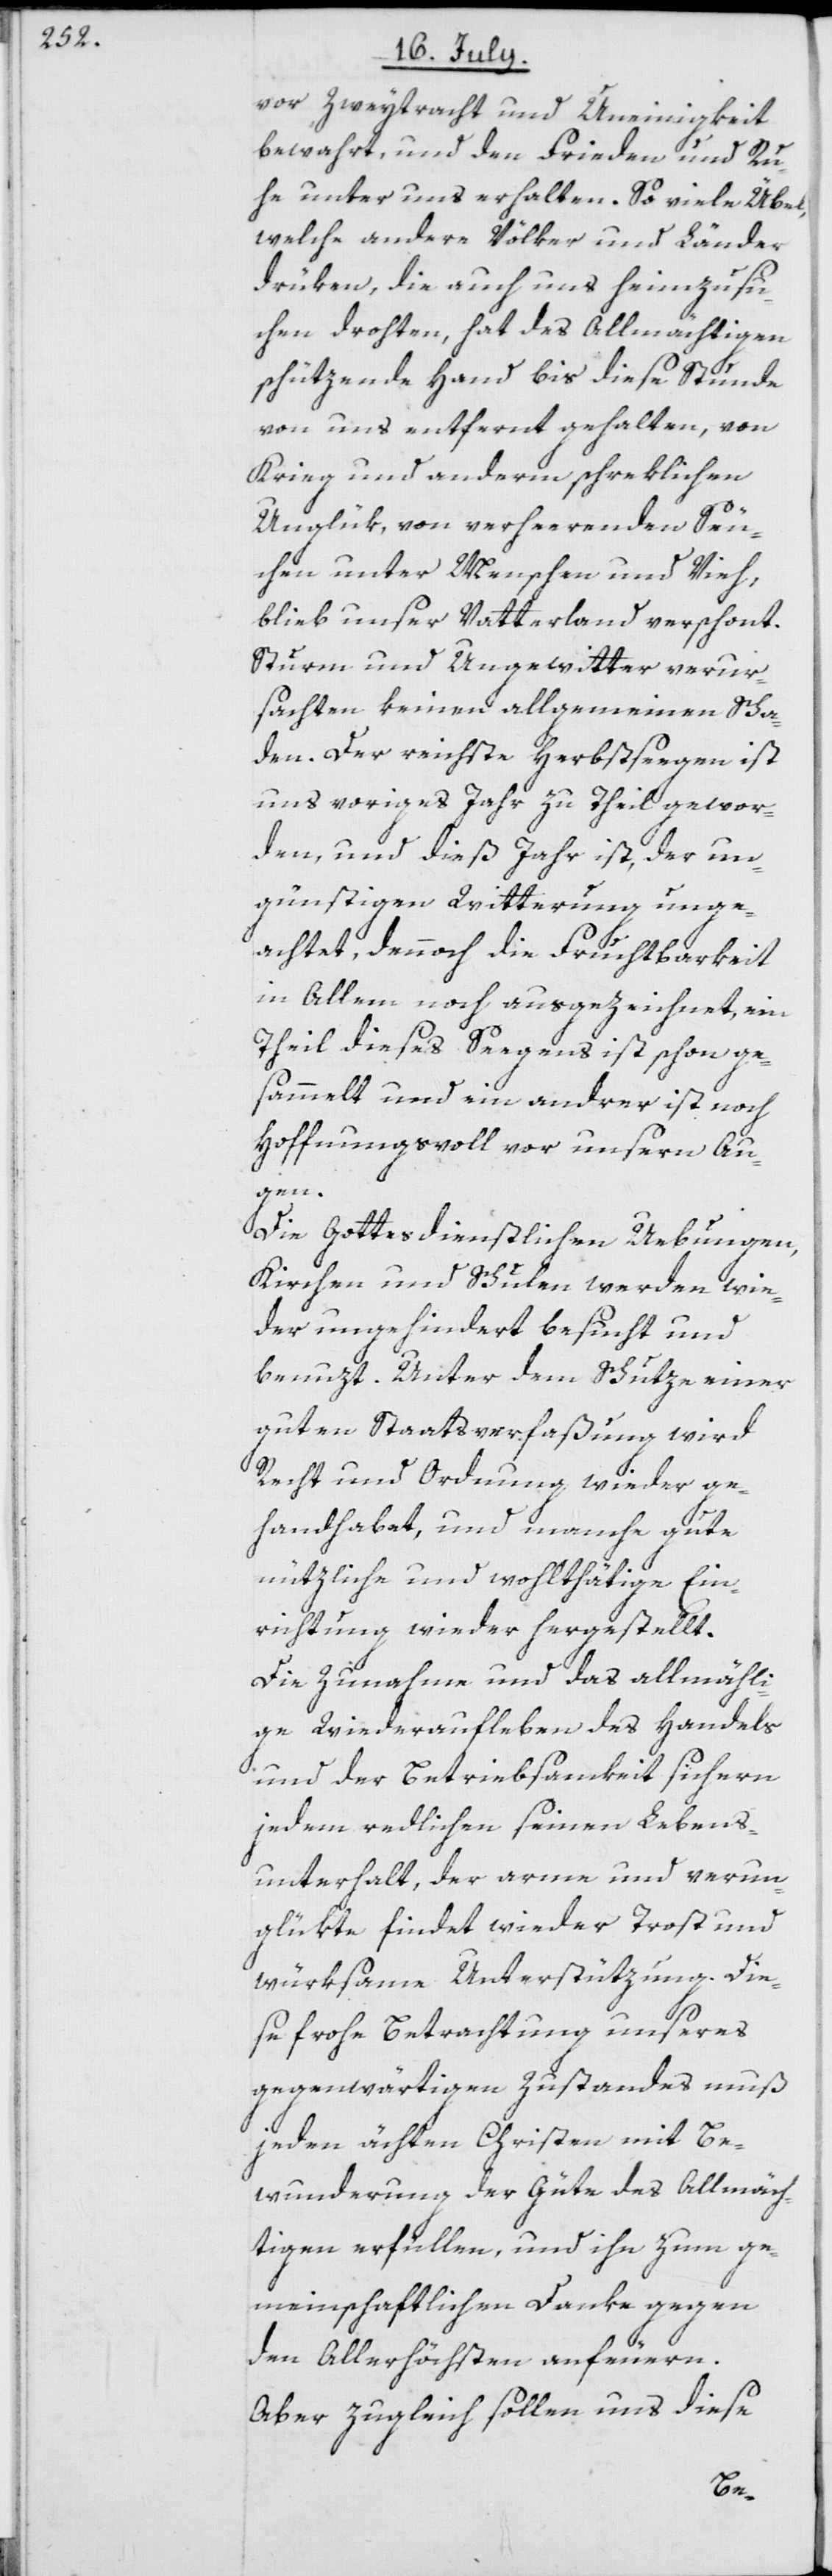
vor Zweytracht und Uneinigkeit
bewahrt, und den Frieden und Ru¬
he unter uns erhalten. So viele Übel,
welche andere Völker und Länder
drüken, die auch uns heimzusu¬
chen drohten, hat des Allmächtigen
schützende Hand bis diese Stunde
von uns entfernt gehalten, von
Krieg und anderm schreklichen
Unglük, von verheerenden Seu¬
chen unter Menschen und Vieh,
blieb unser Vatterland verschont.
Sturm und Ungewitter verur¬
sachten keinen allgemeinen Scha¬
den. Der reichste Herbstseegen ist
uns voriges Jahr zu Theil gewor¬
den, und dieß Jahr ist, der un¬
günstigen Witterung unge¬
achtet, dennoch die Fruchtbarkeit
in Allem noch ausgezeichnet, ein
Theil dieses Seegens ist schon ge¬
sammelt und ein andrer ist noch
Hoffnungsvoll vor unsern Au¬
gen.
Die Gottesdienstlichen Uebungen,
Kirchen und Schulen werden wie¬
der ungehindert besucht und
benuzt. Unter dem Schutze einer
guten Staatsverfaßung wird
Recht und Ordnung wieder ge¬
handhabet, und manche gute
nützliche und wohlthätige Ein¬
richtung wieder hergestellt.
Die Zunahme und das allmähli¬
ge Wiederaufleben des Handels
und der Betriebsamkeit sichern
jedem redlichen seinen Lebens¬
unterhalt, der arme und verun¬
glükte findet wieder Trost und
würksame Unterstützung. Die¬
se frohe Betrachtung unseres
gegenwärtigen Zustandes muß
jeden ächten Christen mit Be¬
wunderung der Güte des Allmäch¬
tigen erfüllen, und ihn zum ge¬
meinschaftlichen Danke gegen
den Allerhöchsten anfeuern.
Aber zugleich sollen uns diese